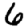
Digit: 6